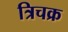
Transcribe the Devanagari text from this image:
त्रिचक्र